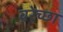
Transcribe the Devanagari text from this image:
वरेच्छा